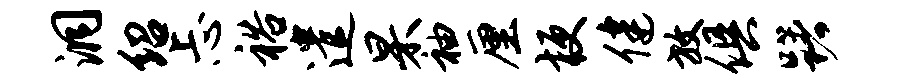
洞绍忐裕遣杲袖厘梗健放俱躇